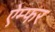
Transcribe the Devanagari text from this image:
ऐम्फर